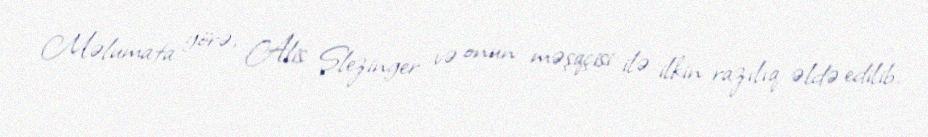
Məlumata görə, Alis Şlezinger və onun məşqçisi ilə ilkin razılıq əldə edilib.